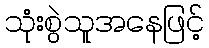
သုံးစွဲသူအနေဖြင့်